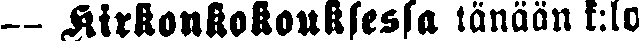
— Kirkonkokouksessa tänään k:lo